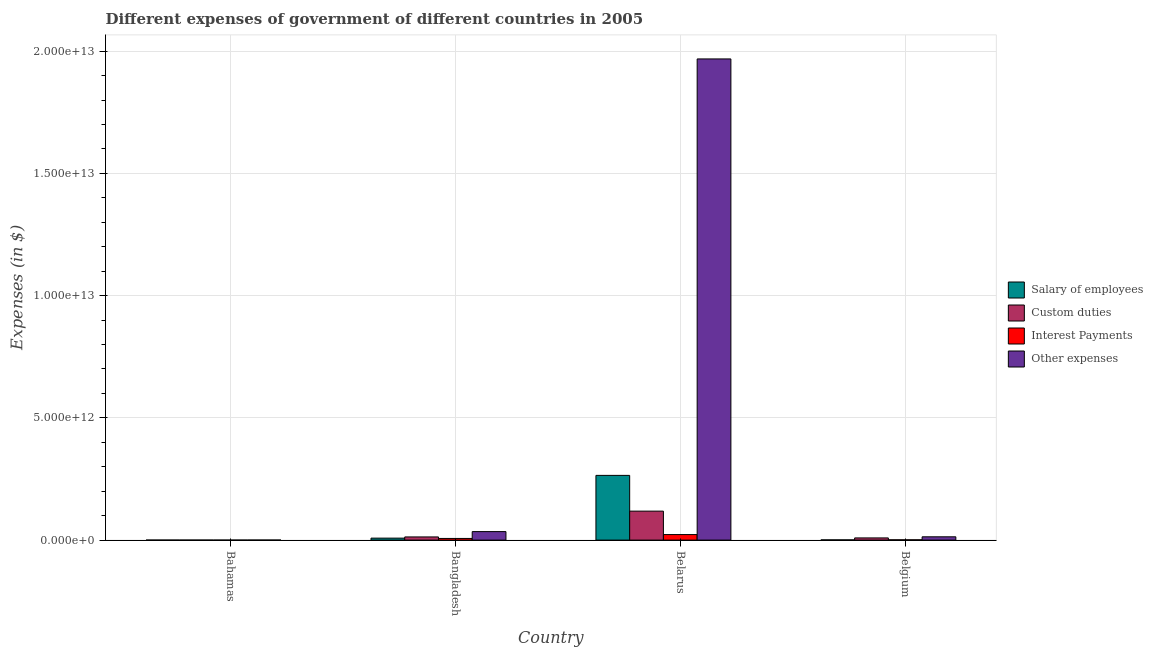
| Country | Salary of employees | Custom duties | Interest Payments | Other expenses |
 | --- | --- | --- | --- | --- |
 | Bahamas | 4.7e+08 | 4.64e+08 | 1.21e+08 | 1.12e+09 |
 | Bangladesh | 8.07e+10 | 1.3e+11 | 6.76e+10 | 3.48e+11 |
 | Belarus | 2.65e+12 | 1.19e+12 | 2.26e+11 | 1.97e+13 |
 | Belgium | 8.74e+09 | 8.91e+10 | 1.22e+10 | 1.35e+11 |